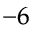
^ { - 6 }